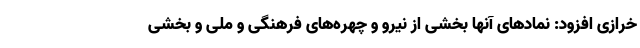
خرازی افزود: نمادهای آنها بخشی از نیرو و چهره‌های فرهنگی و ملی و بخشی